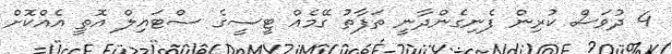
4 ދުވަަސް ކުރިން ފެނިގެންދާނީ ތަފާތު ގޭމެއް ޓީސީގެ ސްޓައިލް އޮތީ އެއްކޮށް